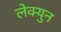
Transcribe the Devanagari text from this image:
लेक्युन